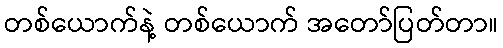
တစ်ယောက်နဲ့ တစ်ယောက် အတော်ပြတ်တာ။